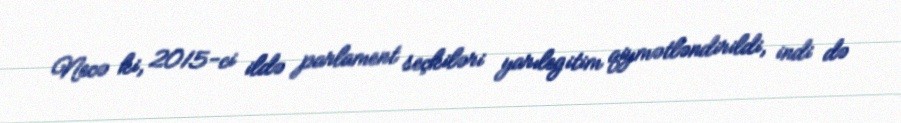
Necə ki, 2015-ci ildə parlament seçkiləri yarılegitim qiymətləndirildi, indi də